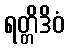
ရတ္တိဒိဝံ